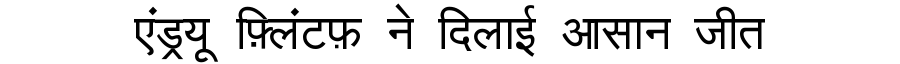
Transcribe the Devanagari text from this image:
एंड्रयू फ़्लिंटफ़ ने दिलाई आसान जीत